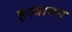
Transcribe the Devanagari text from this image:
इस्त्रायल